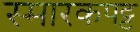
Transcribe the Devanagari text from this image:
स्मारकपट्ट